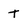
Character: t